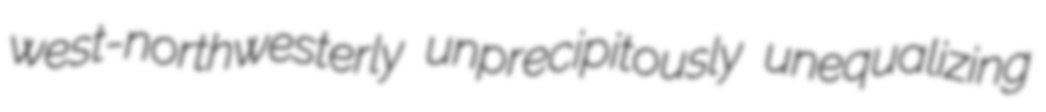
west-northwesterly unprecipitously unequalizing